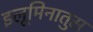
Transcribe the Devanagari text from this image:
इलूमिनातुस